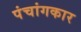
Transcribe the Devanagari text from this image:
पंचांगकार